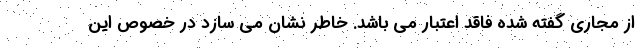
از مجاری گفته شده فاقد اعتبار می باشد. خاطر نشان می سازد در خصوص این